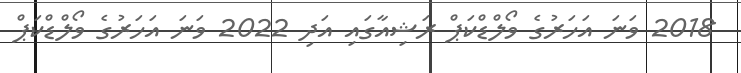
2018 ވަނަ އަހަރުގެ ވޯލްޑްކަޕް ރަޝިއާގައި އަދި 2022 ވަނަ އަހަރުގެ ވޯލްޑްކަޕް